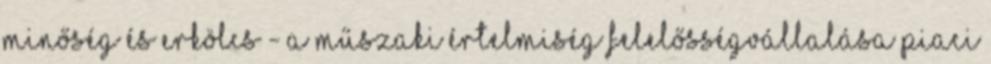
Minőség és erkölcs - a műszaki értelmiség felelősségvállalása PIACI